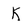
Character: K